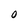
Character: O